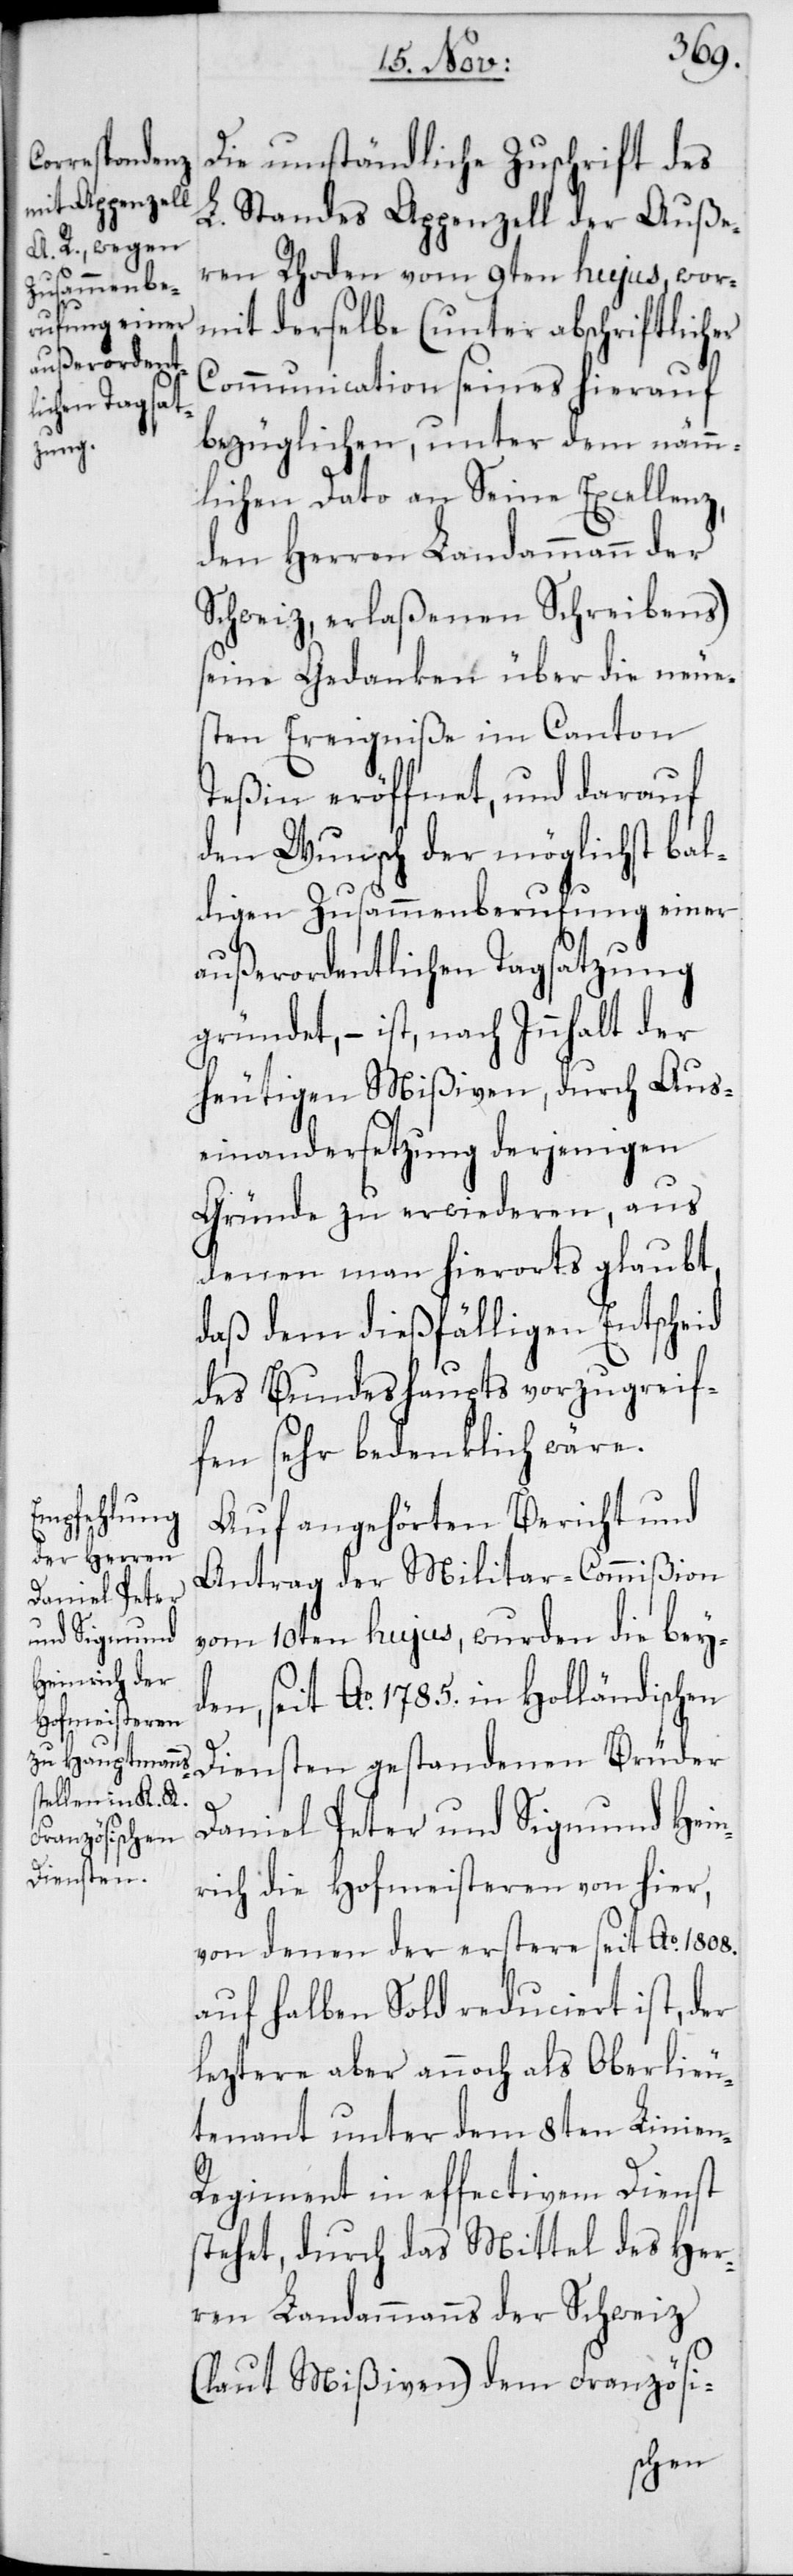
Die umständliche Zuschrift des
L. Standes Appenzell der Auße¬
ren Rhoden vom 9ten hujus, wor¬
mit derselbe (unter abschriftlicher
Communication seines hierauf
bezüglichen, unter dem nämm¬
lichen Dato an Seine Excellenz,
den Herren Landammann der
Schweiz, erlaßenen Schreibens)
seine Gedanken über die neues¬
ten Ereigniße im Canton
Teßin eröffnet, und darauf
den Wunsch der möglichst bal¬
digen Zusammenberufung einer
außerordentlichen Tagsatzung
gründet, – ist, nach Innhalt der
heutigen Mißiven, durch Aus¬
einandersetzung derjenigen
Gründe zu erwiederen, aus
denen man hierorts glaubt,
daß dem dießfälligen Entscheid
des Bundeshaupts vorzugreif¬
fen sehr bedenklich wäre.
Auf angehörten Bericht und
Antrag der Militar-Commißion
vom 10ten hujus, wurden die beyd¬
en, seit Ao 1785. in Holländischen
Diensten gestandenen Brüder
Daniel Peter und Sigmund Hein¬
rich die Hofmeisteren von hier,
von denen der erstere seit Ao 1808.
auf halben Sold reduciert ist, der
leztere aber annoch als Oberlieu¬
tenant unter dem 8ten Linie¬
n-Regiment in effectivem Dienst
stehet, durch das Mittel des Her¬
ren Landammanns der Schweiz
(laut Mißiven) dem Französi-